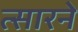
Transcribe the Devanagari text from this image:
त्सारने